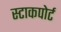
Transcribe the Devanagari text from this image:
स्टाकपोर्ट